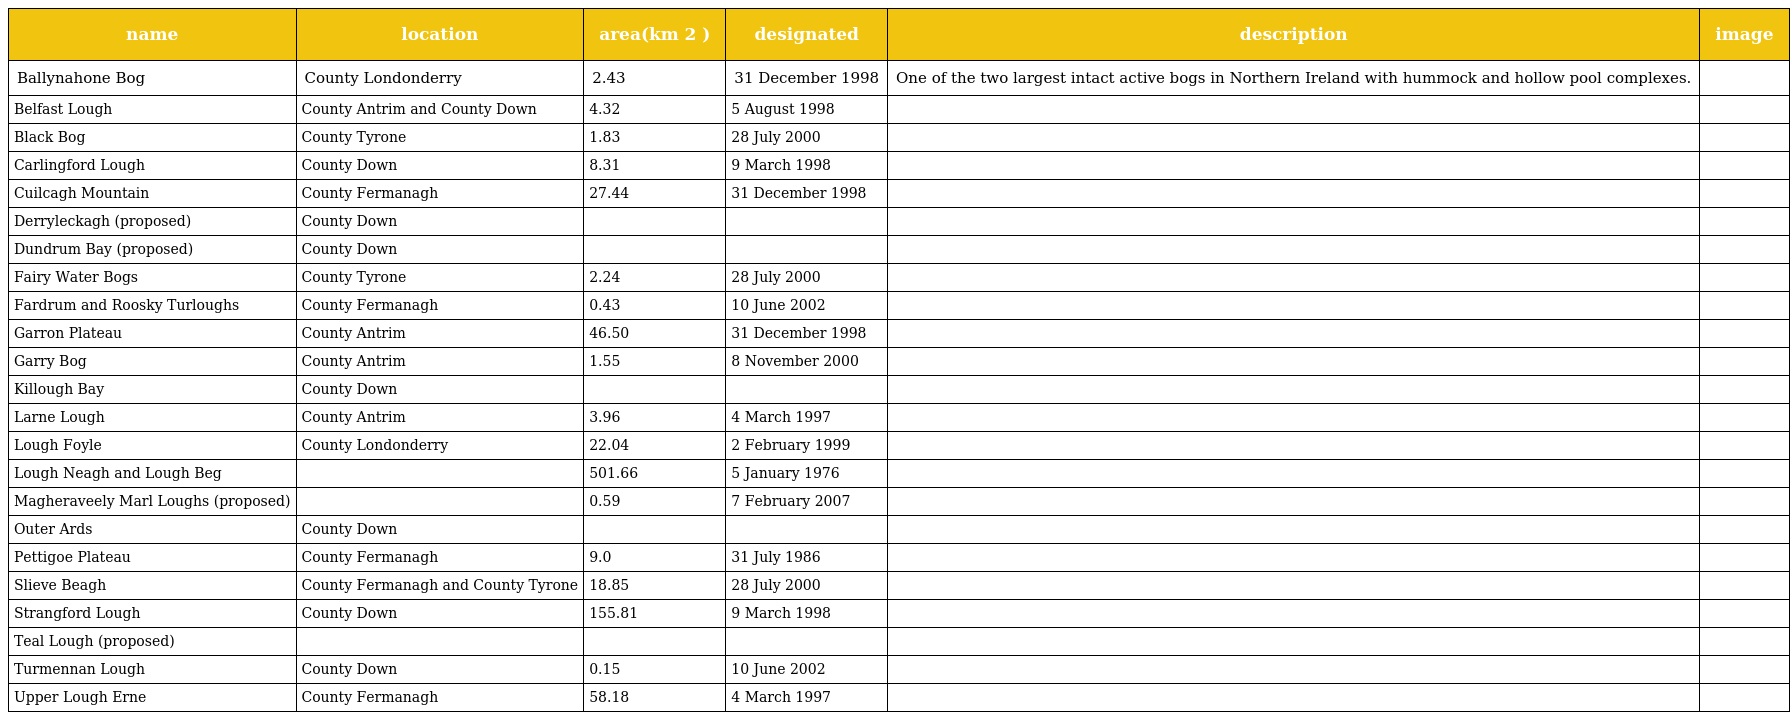
| name | location | area(km 2 ) | designated | description | image |
 | --- | --- | --- | --- | --- | --- |
 | Ballynahone Bog | County Londonderry | 2.43 | 31 December 1998 | One of the two largest intact active bogs in Northern Ireland with hummock and hollow pool complexes. |  |
 | Belfast Lough | County Antrim and County Down | 4.32 | 5 August 1998 |  |  |
 | Black Bog | County Tyrone | 1.83 | 28 July 2000 |  |  |
 | Carlingford Lough | County Down | 8.31 | 9 March 1998 |  |  |
 | Cuilcagh Mountain | County Fermanagh | 27.44 | 31 December 1998 |  |  |
 | Derryleckagh (proposed) | County Down |  |  |  |  |
 | Dundrum Bay (proposed) | County Down |  |  |  |  |
 | Fairy Water Bogs | County Tyrone | 2.24 | 28 July 2000 |  |  |
 | Fardrum and Roosky Turloughs | County Fermanagh | 0.43 | 10 June 2002 |  |  |
 | Garron Plateau | County Antrim | 46.50 | 31 December 1998 |  |  |
 | Garry Bog | County Antrim | 1.55 | 8 November 2000 |  |  |
 | Killough Bay | County Down |  |  |  |  |
 | Larne Lough | County Antrim | 3.96 | 4 March 1997 |  |  |
 | Lough Foyle | County Londonderry | 22.04 | 2 February 1999 |  |  |
 | Lough Neagh and Lough Beg |  | 501.66 | 5 January 1976 |  |  |
 | Magheraveely Marl Loughs (proposed) |  | 0.59 | 7 February 2007 |  |  |
 | Outer Ards | County Down |  |  |  |  |
 | Pettigoe Plateau | County Fermanagh | 9.0 | 31 July 1986 |  |  |
 | Slieve Beagh | County Fermanagh and County Tyrone | 18.85 | 28 July 2000 |  |  |
 | Strangford Lough | County Down | 155.81 | 9 March 1998 |  |  |
 | Teal Lough (proposed) |  |  |  |  |  |
 | Turmennan Lough | County Down | 0.15 | 10 June 2002 |  |  |
 | Upper Lough Erne | County Fermanagh | 58.18 | 4 March 1997 |  |  |